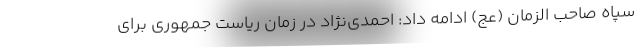
سپاه صاحب الزمان (عج) ادامه داد: احمدی‌نژاد در زمان ریاست جمهوری برای